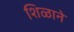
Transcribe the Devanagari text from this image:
शिळाने